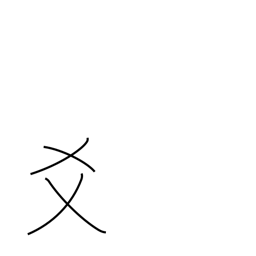
Meaning: to mix with